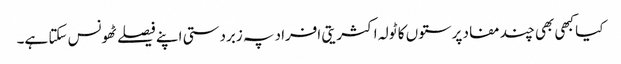
کیا کبھی بھی چند مفاد پرستوں کا ٹولہ اکثریتی افراد پہ زبردستی اپنے فیصلے ٹھونس سکتا ہے۔